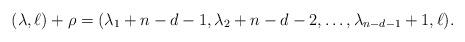
LaTeX: \begin{align*}(\lambda,\ell) + \rho= (\lambda_1 + n-d-1, \lambda_2 + n-d-2, \ldots, \lambda_{n-d-1}+1, \ell).\end{align*}